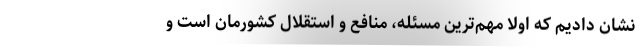
نشان دادیم که اولاً مهم‌ترین مسئله، منافع و استقلال کشورمان است و